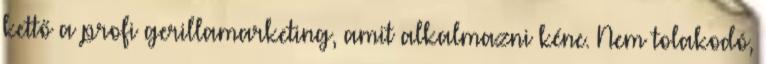
kettő a profi gerillamarketing, amit alkalmazni kéne. Nem tolakodó,